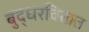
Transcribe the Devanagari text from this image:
बुद्धरविखत